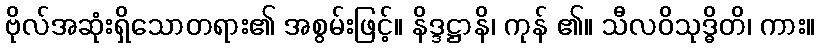
ဗိုလ်အဆုံးရှိသောတရား၏ အစွမ်းဖြင့်။ နိဒ္ဒဋ္ဌာနိ၊ ကုန် ၏။ သီလဝိသုဒ္ဓိတိ၊ ကား။